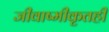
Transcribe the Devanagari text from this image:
जीवाष्मीकृतही